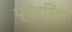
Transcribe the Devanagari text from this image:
फ्ऱेडरिक